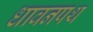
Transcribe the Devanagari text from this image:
धावनपथ